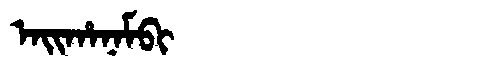
Manchu: ᠠᡳᡥᠠᠨᠠᠮᠪᡳ
Romanization: AIHANAMBI